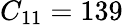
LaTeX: C_{11}=139